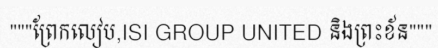
"""ព្រែកលៀប,ISI GROUP UNITED និងព្រះខ័ន"""